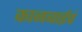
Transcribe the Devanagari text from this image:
कानबाईचं